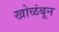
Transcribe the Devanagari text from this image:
खोळंबून